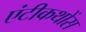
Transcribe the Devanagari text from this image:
एंटीकथोंस